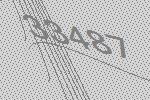
33487